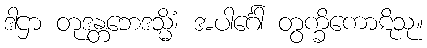
ဒါဌာ တုဒန္တဘေဒသ္မိံ၊ အပါင်္ဂေါ တွက္ခိကောဋိသု။